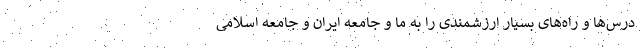
درس‌ها و راه‌های بسیار ارزشمندی را به ما و جامعه ایران و جامعه اسلامی